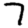
Digit: 7